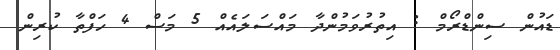
ޑައުން ސިންޑްރޯމް : އިތުރުވަމުންދާ މައްސަލައެއް 5 މަސް 4 ހަފްތާ ކުރިން